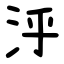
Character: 泘